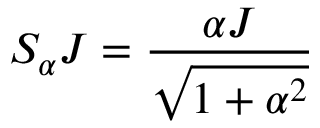
S _ { \alpha } J = \frac { \alpha J } { \sqrt { 1 + \alpha ^ { 2 } } }